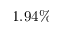
1 . 9 4 \%